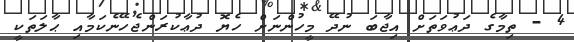
4 - ތިމާގެ ދަޢުވަތަށް އިޖާބަ ނުދޭ މީހުންނަށް ހެޔޮ ދުޢާކުރަންޖެހޭނެކަމާއި ޙާލަތަކީ